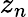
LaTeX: z_{n}